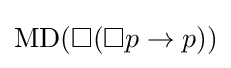
\operatorname {MD} (\Box (\Box p\rightarrow p))